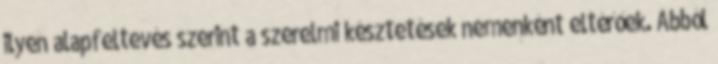
ilyen alapfeltevés szerint a szerelmi késztetések nemenként eltérőek. Abból